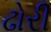
ઢોરી